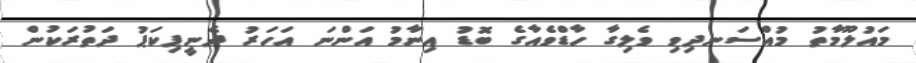
މައުލޫމާތު މުއްސަނދިވި ވެލިގާ ހާޑްވެއާގެ ބޮޑު އިނާމު އަންނަ އަހަރު ދެނީޕިކަޕު ދަތުރަކުން